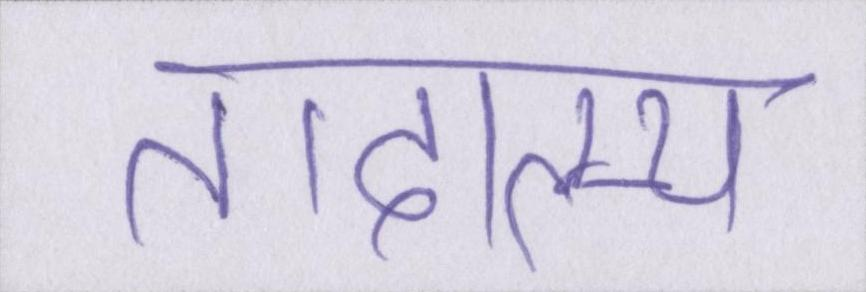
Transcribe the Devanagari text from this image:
तादात्म्य